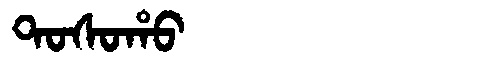
Manchu: ᡨᠣᠰᠣᡥᠣ
Romanization: TOSOHO